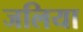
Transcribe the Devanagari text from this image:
जलिया